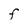
Character: F